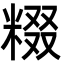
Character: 𬖤